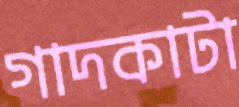
গাদকাটা